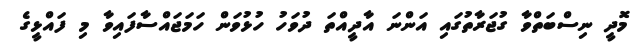
މޮދީ ނިސްބަތްވާ ގުޖަރާތުގައި އަންނަ އާދީއްތަ ދުވަހު ހުޅުވަން ހަމަޖައްސާފައިވާ މި ފައްޅީގެ